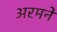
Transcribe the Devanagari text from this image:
अरमने